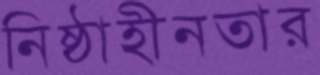
নিষ্ঠাহীনতার